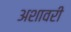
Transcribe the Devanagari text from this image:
अशावरी